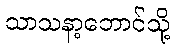
သာသနာ့ဘောင်သို့